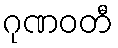
ဂုဏဝတီ